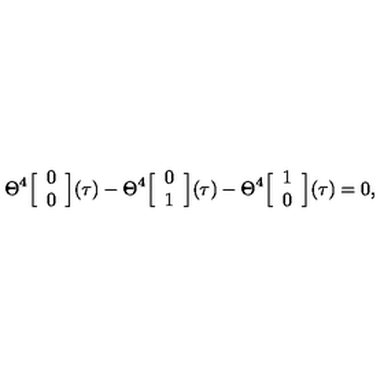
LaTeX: \Theta ^ { 4 } \Big [ \begin{array} { c } { 0 } \\ { 0 } \\ \end{array} \Big ] ( \tau ) - \Theta ^ { 4 } \Big [ \begin{array} { c } { 0 } \\ { 1 } \\ \end{array} \Big ] ( \tau ) - \Theta ^ { 4 } \Big [ \begin{array} { c } { 1 } \\ { 0 } \\ \end{array} \Big ] ( \tau ) = 0 ,